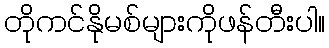
တိုကင်နိုမစ်များကိုဖန်တီးပါ။